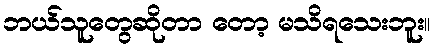
ဘယ်သူတွေဆိုတာ တော့ မသိရသေးဘူး။